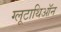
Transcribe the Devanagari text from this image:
ग्लूटाथिऑन